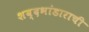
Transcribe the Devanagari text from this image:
शब्दभांडाराची